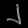
Digit: ၂